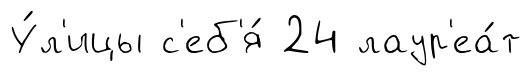
У́л'ицы с'еб'я́ 24 лаур'еа́т